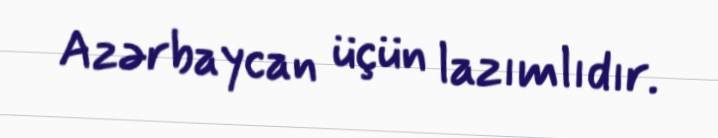
Azərbaycan üçün lazımlıdır.